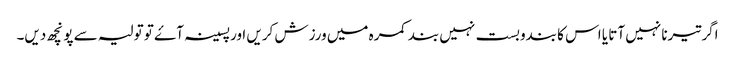
اگر تیرنا نہیں آتا یا اس کا بندوبست نہیں بند کمرہ میں ورزش کریں اور پسینہ آۓ تو تولیہ سے پونچھ دیں۔